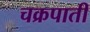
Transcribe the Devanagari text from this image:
चक्रपाती